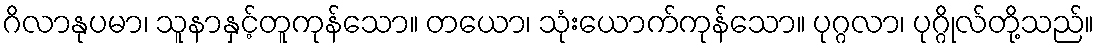
ဂိလာနုပမာ၊ သူနာနှင့်တူကုန်သော။ တယော၊ သုံးယောက်ကုန်သော။ ပုဂ္ဂလာ၊ ပုဂ္ဂိုလ်တို့သည်။